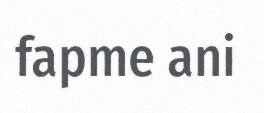
fapme ani